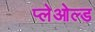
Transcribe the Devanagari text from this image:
प्लेओल्ड